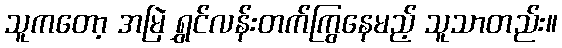
သူကတော့ အမြဲ ရွှင်လန်းတက်ကြွနေမည့် သူသာတည်း။